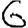
Digit: 6